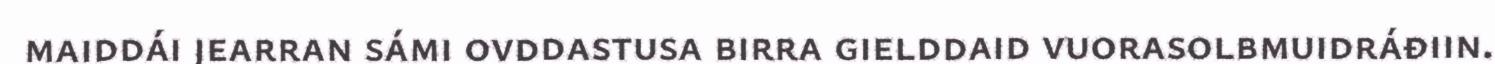
maiddái jearran sámi ovddastusa birra gielddaid vuorasolbmuidráđiin.